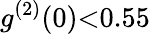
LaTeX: g^{(2)}(0){<}0.55